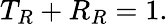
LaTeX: T_{R}+R_{R}=1.